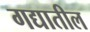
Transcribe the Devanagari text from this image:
गद्यातील